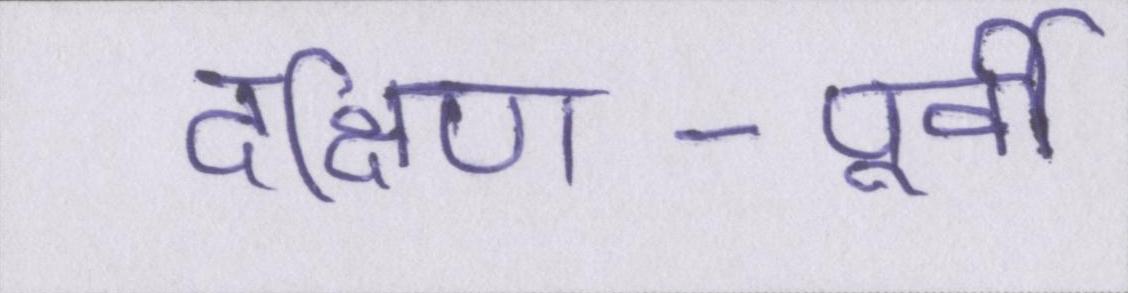
दक्षिण-पूर्वी